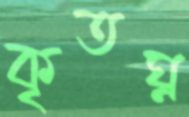
কৃতঘ্ন